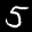
Label: 5